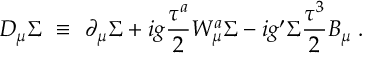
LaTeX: D _ { \mu } \Sigma ~ \equiv ~ \partial _ { \mu } \Sigma + i g \frac { \tau ^ { a } } { 2 } W _ { \mu } ^ { a } \Sigma - i g ^ { \prime } \Sigma \frac { \tau ^ { 3 } } { 2 } B _ { \mu } \; .